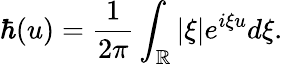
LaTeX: \hbar(u)=\displaystyle\frac{1}{2\pi}\int_{\mathbb{R}}|\xi|e^{i\xi u}d\xi.